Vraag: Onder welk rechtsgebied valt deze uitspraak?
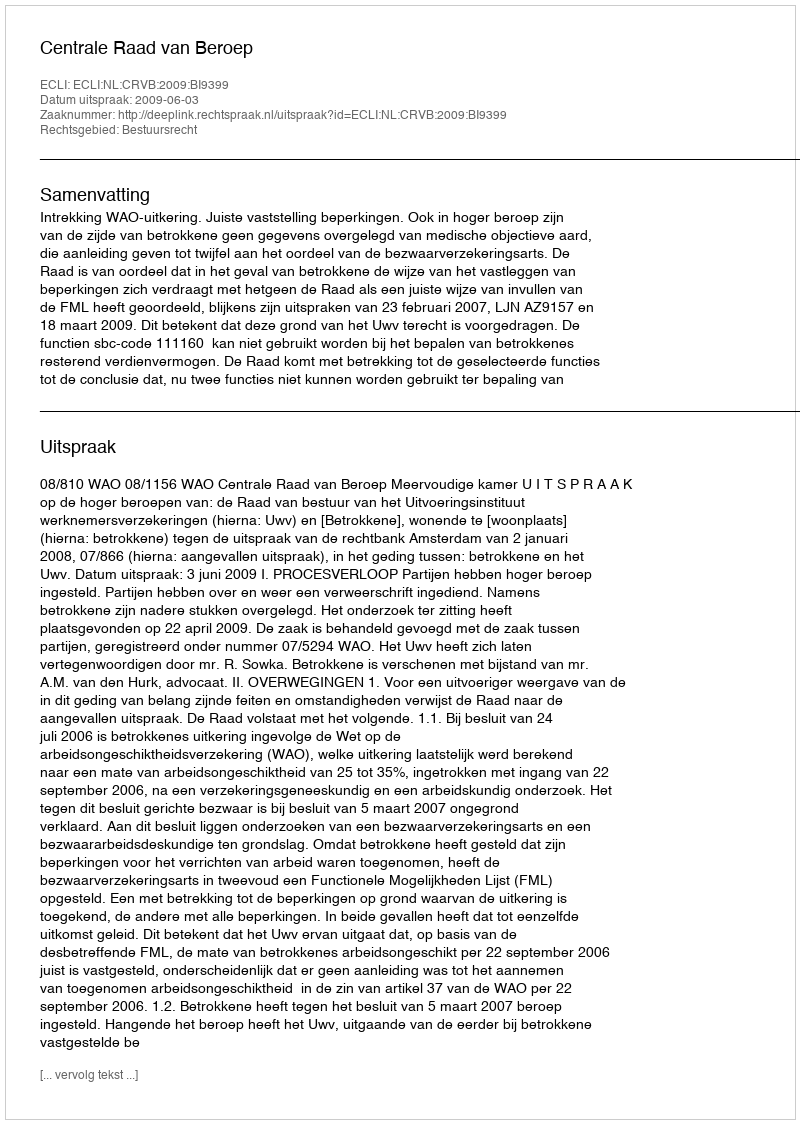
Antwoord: Bestuursrecht